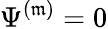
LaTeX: \Psi^{(\mathfrak{m})}=0